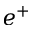
e ^ { + }